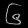
Digit: ၆